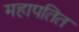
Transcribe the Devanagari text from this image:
महापतित